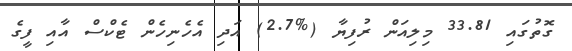
ގޮތުގައި 33.81 މިލިއަން ރުފިޔާ (%2.7) އަދި އެހެނިހެން ޓެކްސް އާއި ފީގެ